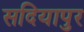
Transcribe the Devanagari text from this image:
सदियापुर